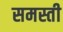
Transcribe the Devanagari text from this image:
समस्ती